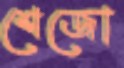
শেজো